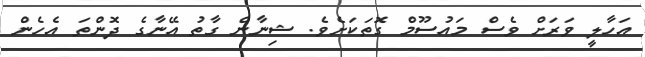
އަހާލީ ވަރަށް ވެސް މައުސޫމް ގޮތަކަށެވެ. ޝިނާން ގާތު އޭނާގެ ދޮންތަ އެހެން